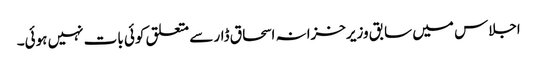
اجلاس میں سابق وزیرخزانہ اسحاق ڈار سے متعلق کوئی بات نہیں ہوئی۔